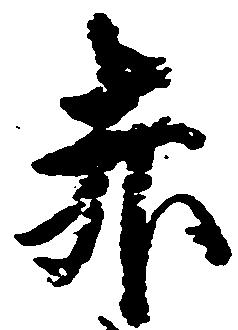
赤